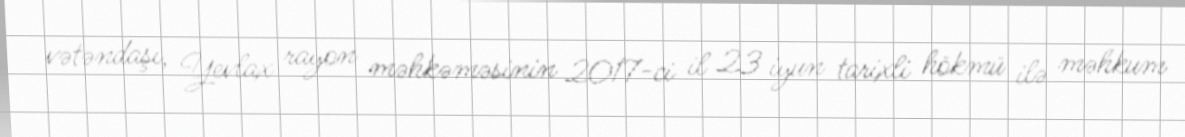
vətəndaşı, Yevlax rayon məhkəməsinin 2017-ci il 23 iyun tarixli hökmü ilə məhkum